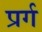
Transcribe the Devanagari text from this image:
प्रर्ग